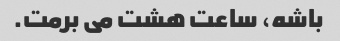
باشه، ساعت هشت می برمت.